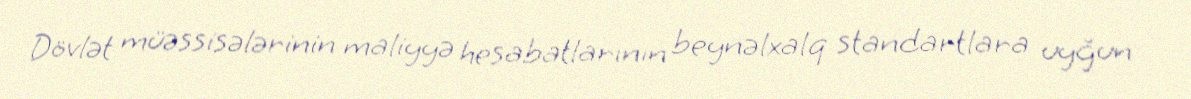
Dövlət müəssisələrinin maliyyə hesabatlarının beynəlxalq standartlara uyğun